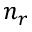
n _ { r }